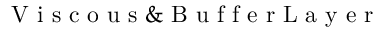
\mathrm { ~ V ~ i ~ s ~ c ~ o ~ u ~ s ~ \& ~ B ~ u ~ f ~ f ~ e ~ r ~ L ~ a ~ y ~ e ~ r ~ }